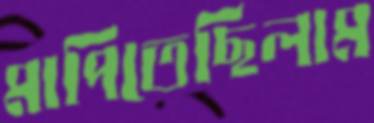
মাপিতেছিলাম